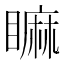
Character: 𥊚